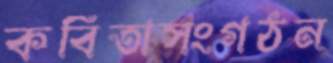
কবিতাসংগঠন